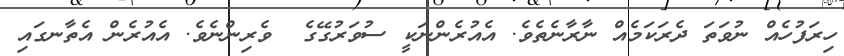
ހިރަފުހެއް ނުވަތަ ދެރަކަމެއް ނާރާނެތެވެ. އެއުރެންނަކީ ސުވަރުގޭގެ  ވެރިންނެވެ. އެެއުރެން އެތާނގައި